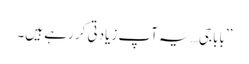
’’باباجی… یہ آپ زیادتی کر رہے ہیں۔